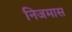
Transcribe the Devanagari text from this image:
निजमास